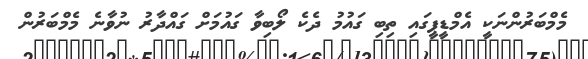
މެމްބަރުންނަކީ އެމްޑީޕީގައި ތިބި ގައުމު ދެކެ ލޯބިވާ ގައުމަށް ގައްދާރު ނުވާނެ މެމްބަރުން